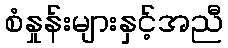
စံနှုန်းများနှင့်အညီ